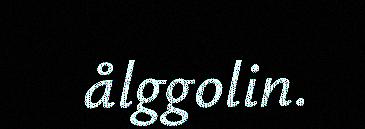
ålggolin.